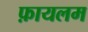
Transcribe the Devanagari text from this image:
फ़ायलम